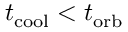
t _ { \mathrm { c o o l } } < t _ { \mathrm { o r b } }